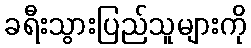
ခရီးသွားပြည်သူများကို